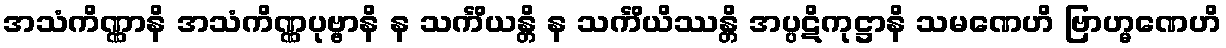
အသံကိဏ္ဏာနိ အသံကိဏ္ဏပုဗ္ဗာနိ န သင်္ကိယန္တိ န သင်္ကိယိဿန္တိ အပ္ပဋိကုဋ္ဌာနိ သမဏေဟိ ဗြာဟ္မဏေဟိ